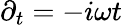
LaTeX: \partial_{t}=-i\omega t